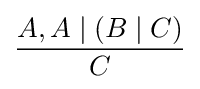
{\frac {A,A\mid (B\mid C)}{C}}